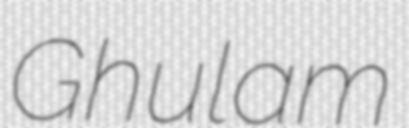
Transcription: Ghulam